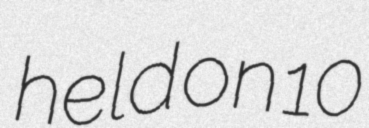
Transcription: held on 10